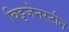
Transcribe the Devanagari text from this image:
विट्टजेनस्टीन